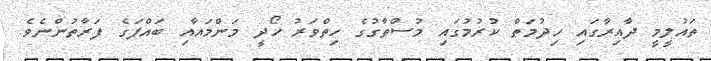
ތައުލީމީ ދާއިރާގައި ހިދުމަތް ކުރުމުގައި މުސްތާގުގެ ހިތްވަރު ހޯދީ މަންމައާއި ބައްޕަގެ ފަރާތުންނެވެ.